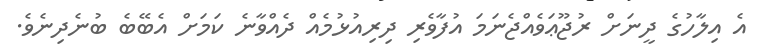
އެ އިލާހުގެ ދީނަށް ރުޖޫޢަވެއްޖެނަމަ އުފާވެރި ދިރިއުޅުމެއް ދެއްވާނެ ކަމަށް އެބޭބެ ބުނެދިނެވެ.